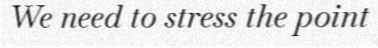
We need to stress the point